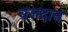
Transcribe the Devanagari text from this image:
वजदान